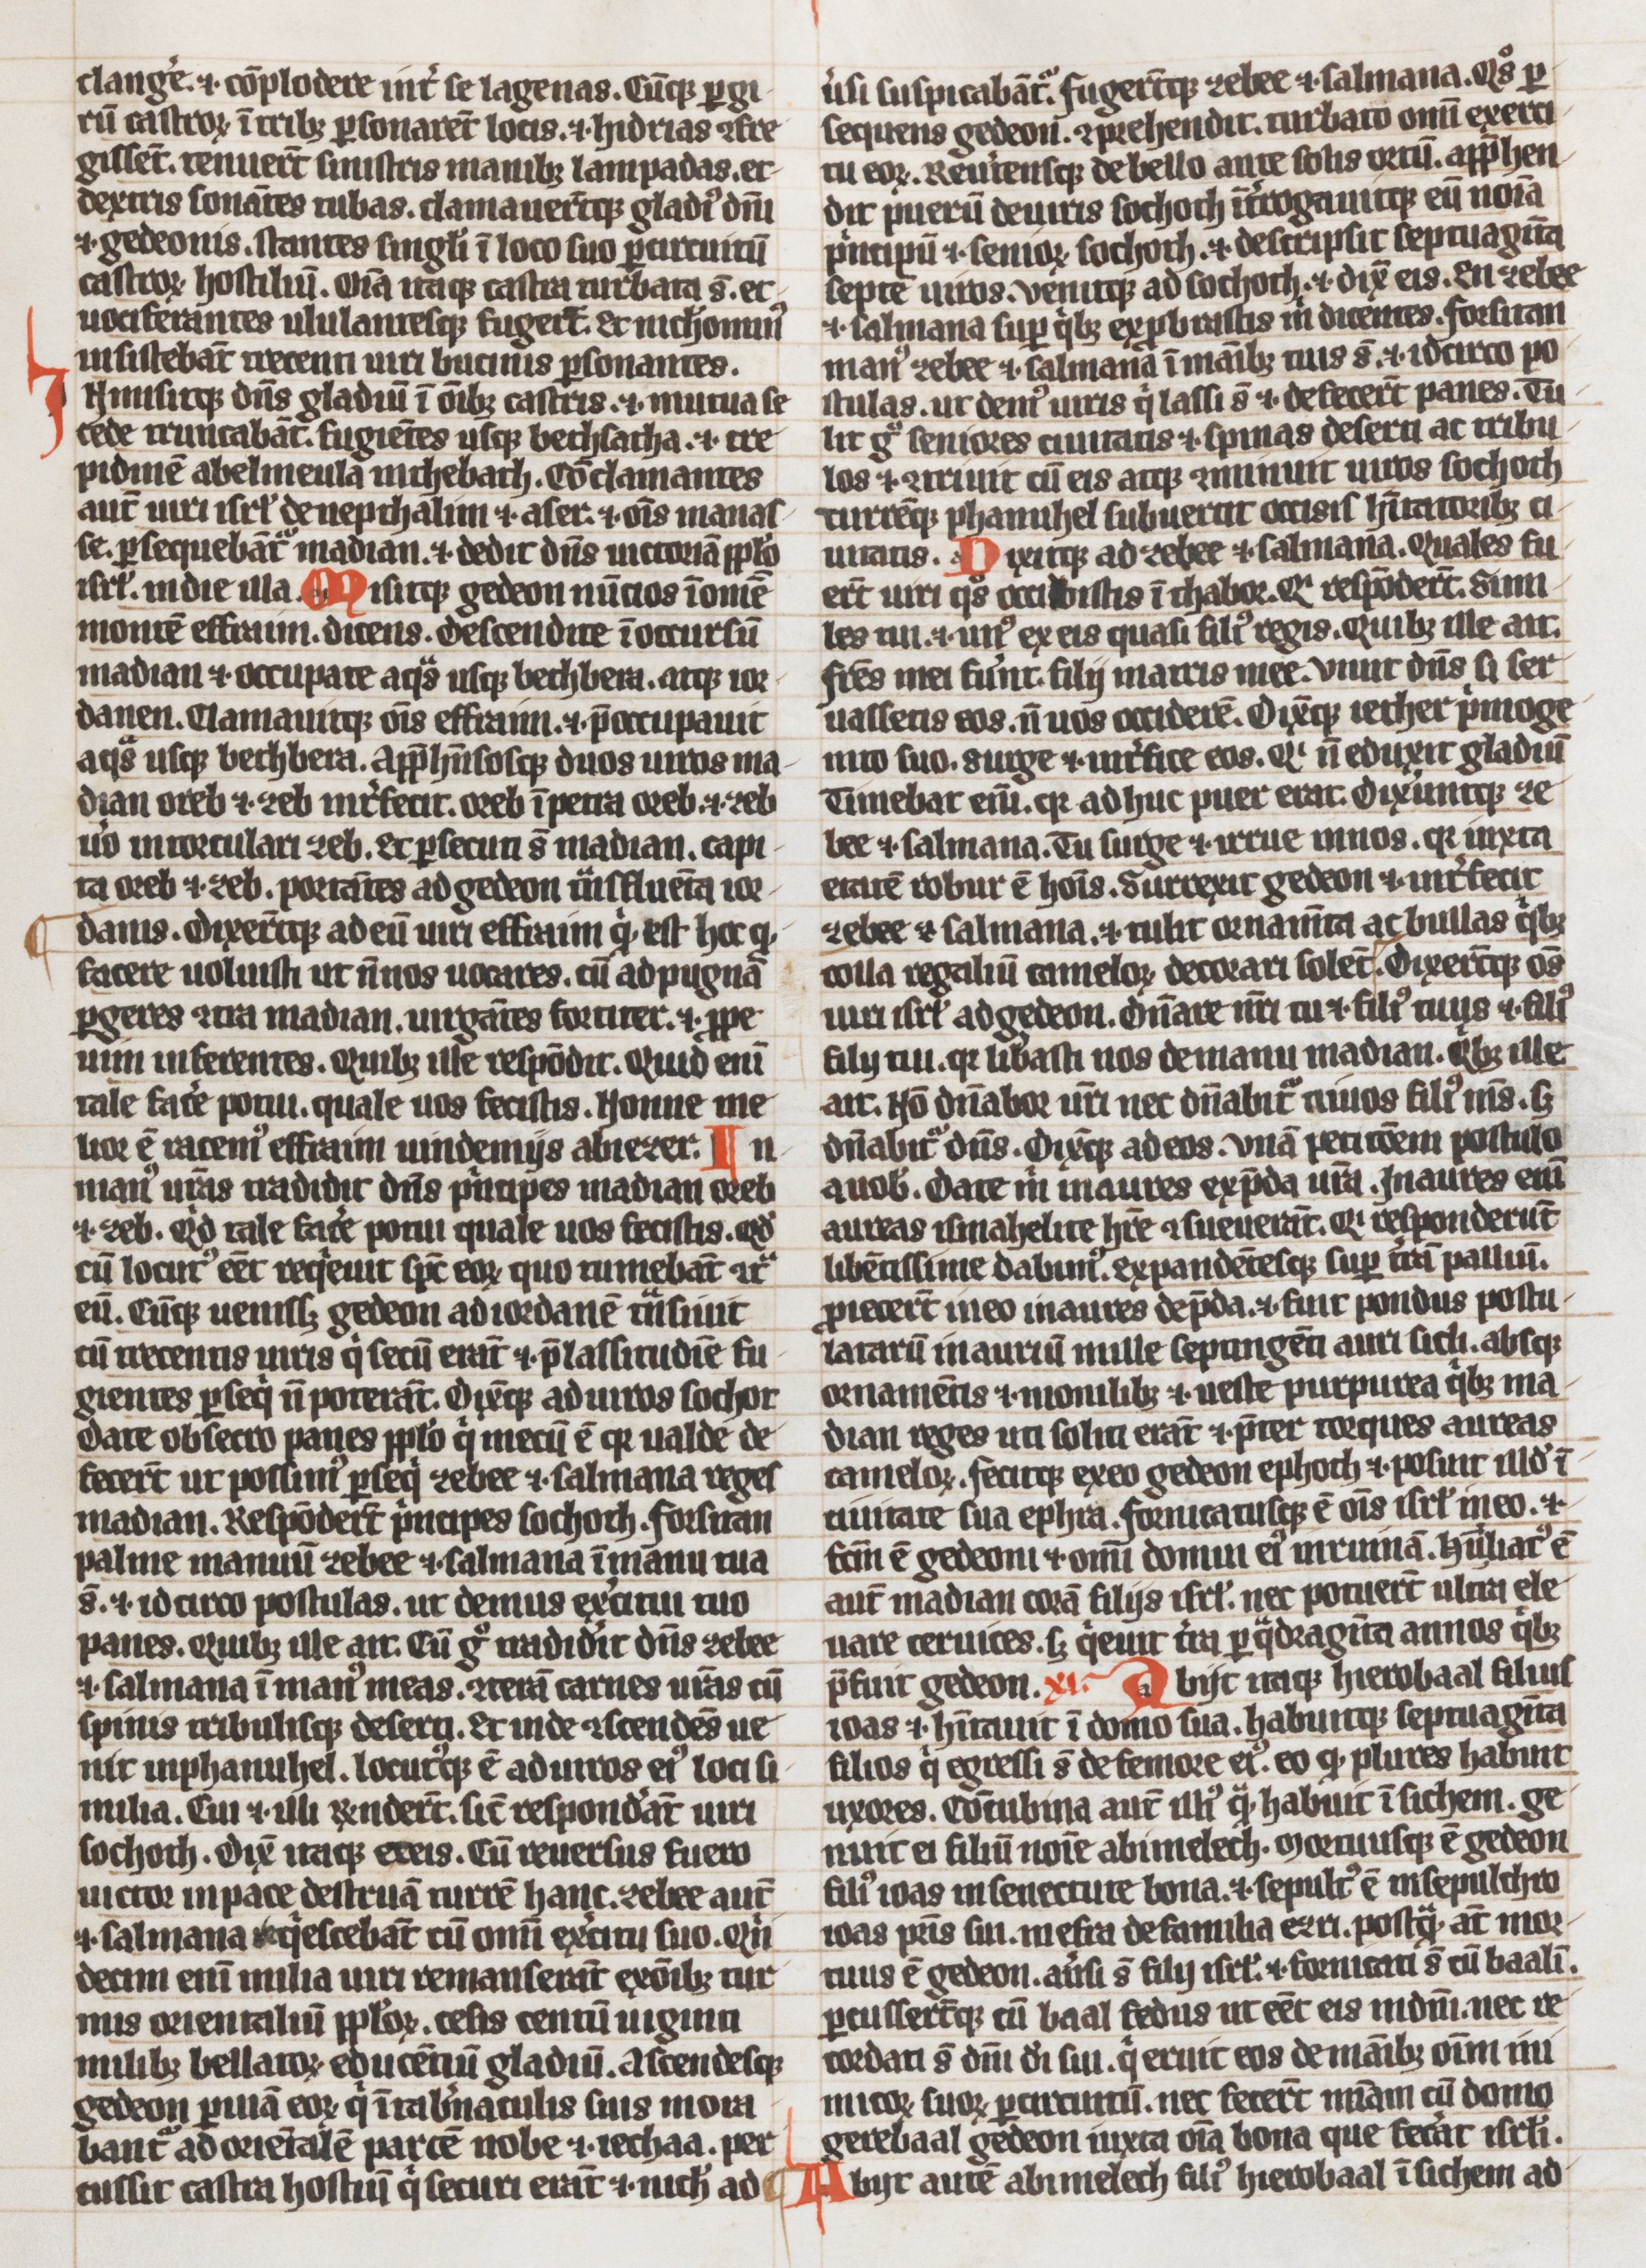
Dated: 1300–1324